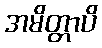
အမိတ္တာပိ